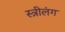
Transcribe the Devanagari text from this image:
स्त्रीलंग